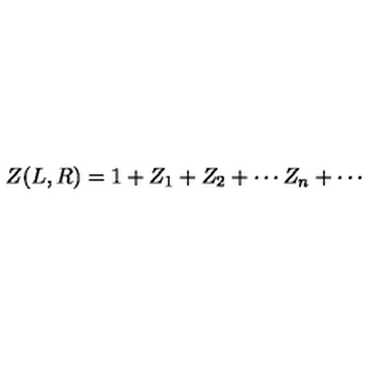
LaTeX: Z ( L , R ) = 1 + Z _ { 1 } + Z _ { 2 } + \cdots Z _ { n } + \cdots